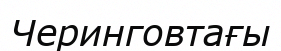
Черинговтағы